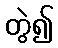
တွဲ၍